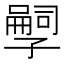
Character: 𫲱